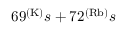
6 9 ^ { ( \mathrm { K ) } } s + 7 2 ^ { ( \mathrm { R b ) } } s